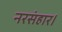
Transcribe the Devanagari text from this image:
नरसंहार।